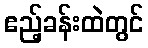
ဧည့်ခန်းထဲတွင်